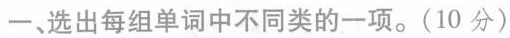
一、选出每组单词中不同类的一项.(10 分)